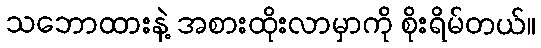
သဘောထားနဲ့ အစားထိုးလာမှာကို စိုးရိမ်တယ်။